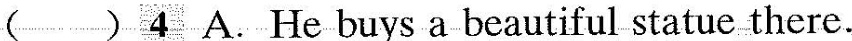
( )4 A.He buys a beautiful statue there.